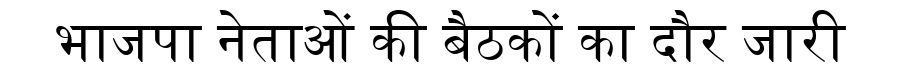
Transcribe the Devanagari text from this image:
भाजपा नेताओं की बैठकों का दौर जारी